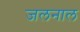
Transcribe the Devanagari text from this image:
जलनाल